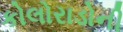
કોલોરાડોની